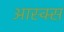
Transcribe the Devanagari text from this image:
आस्क्स